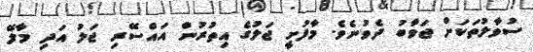
ސުވާލުތަކަށް ޖަވާބު ދެވުނެވެ. މާފުށީ ޖަލުގެ އިތުރުން އައްސޭރި ޖަލު އަދި މާލޭ